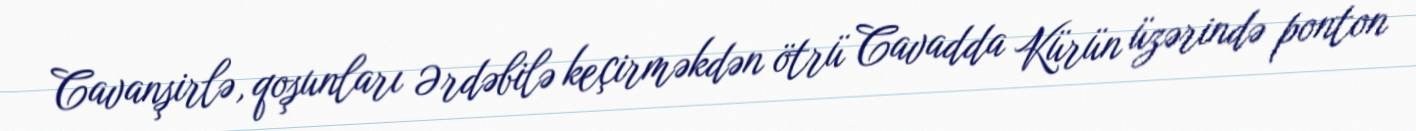
Cavanşirlə, qoşunları Ərdəbilə keçirməkdən ötrü Cavadda Kürün üzərində ponton